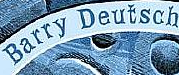
Barry Deutsch